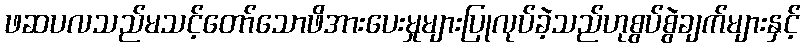
ဖဆပလသည်မသင့်တော်သောဖိအားပေးမှုများပြုလုပ်ခဲ့သည်ဟုစွပ်စွဲချက်များနှင့်